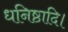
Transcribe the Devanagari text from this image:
धनिष्ठादि।